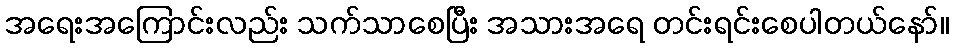
အရေးအကြောင်းလည်း သက်သာစေပြီး အသားအရေ တင်းရင်းစေပါတယ်နော်။